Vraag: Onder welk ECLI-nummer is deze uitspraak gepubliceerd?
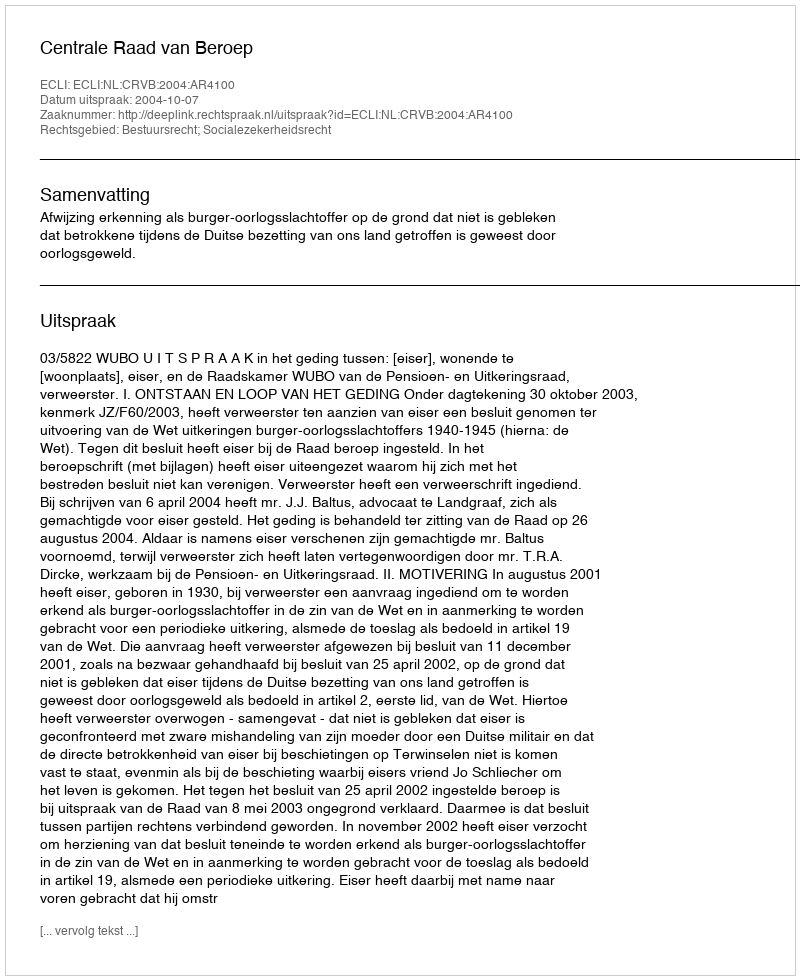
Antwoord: ECLI:NL:CRVB:2004:AR4100